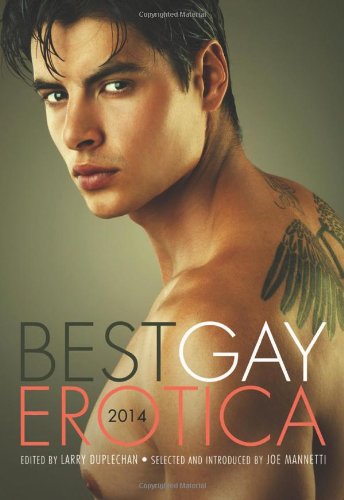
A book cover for Best Gay Erotica 2014; Romance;